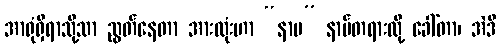
အာရုံရှိရာသို့သာ ညွတ်နေတာ အားလုံးဟာ “နာမ” နာမ်တရားလို့ ခေါ်တာ၊ အဲဒီ